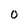
Character: 0